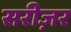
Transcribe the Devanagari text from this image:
सरीज़र